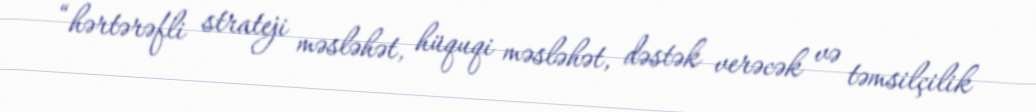
“hərtərəfli strateji məsləhət, hüquqi məsləhət, dəstək verəcək və təmsilçilik